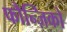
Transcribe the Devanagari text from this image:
फौन्ज़िको